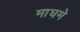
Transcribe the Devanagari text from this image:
माघमे